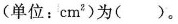
(单位：cm^{2} ) 为 ()。